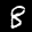
Label: 8